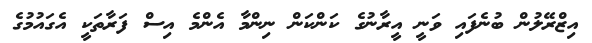
އިޒްރޭލުން ބުނެފައި ވަނީ އީރާނުގެ ކަންކަން ނިންމާ އެންމެ އިސް ފަރާތަކީ އެގައުމުގެ